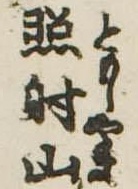
照射山